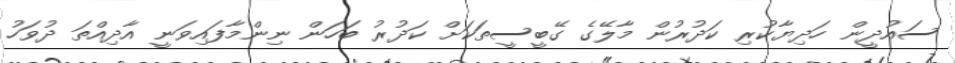
ސައުދީން ހަދިޔާކުރި ކަދުރުން މާލޭގެ ގޭބީސީތަކަށް ކަދުރު ބަހަން ނިންމާފައިވަނީ އާދިއްތަ ދުވަހު